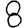
Digit: 8